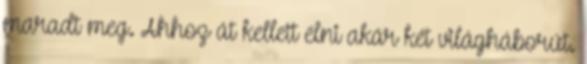
maradt meg. Ahhoz át kellett élni akár két világháborút.